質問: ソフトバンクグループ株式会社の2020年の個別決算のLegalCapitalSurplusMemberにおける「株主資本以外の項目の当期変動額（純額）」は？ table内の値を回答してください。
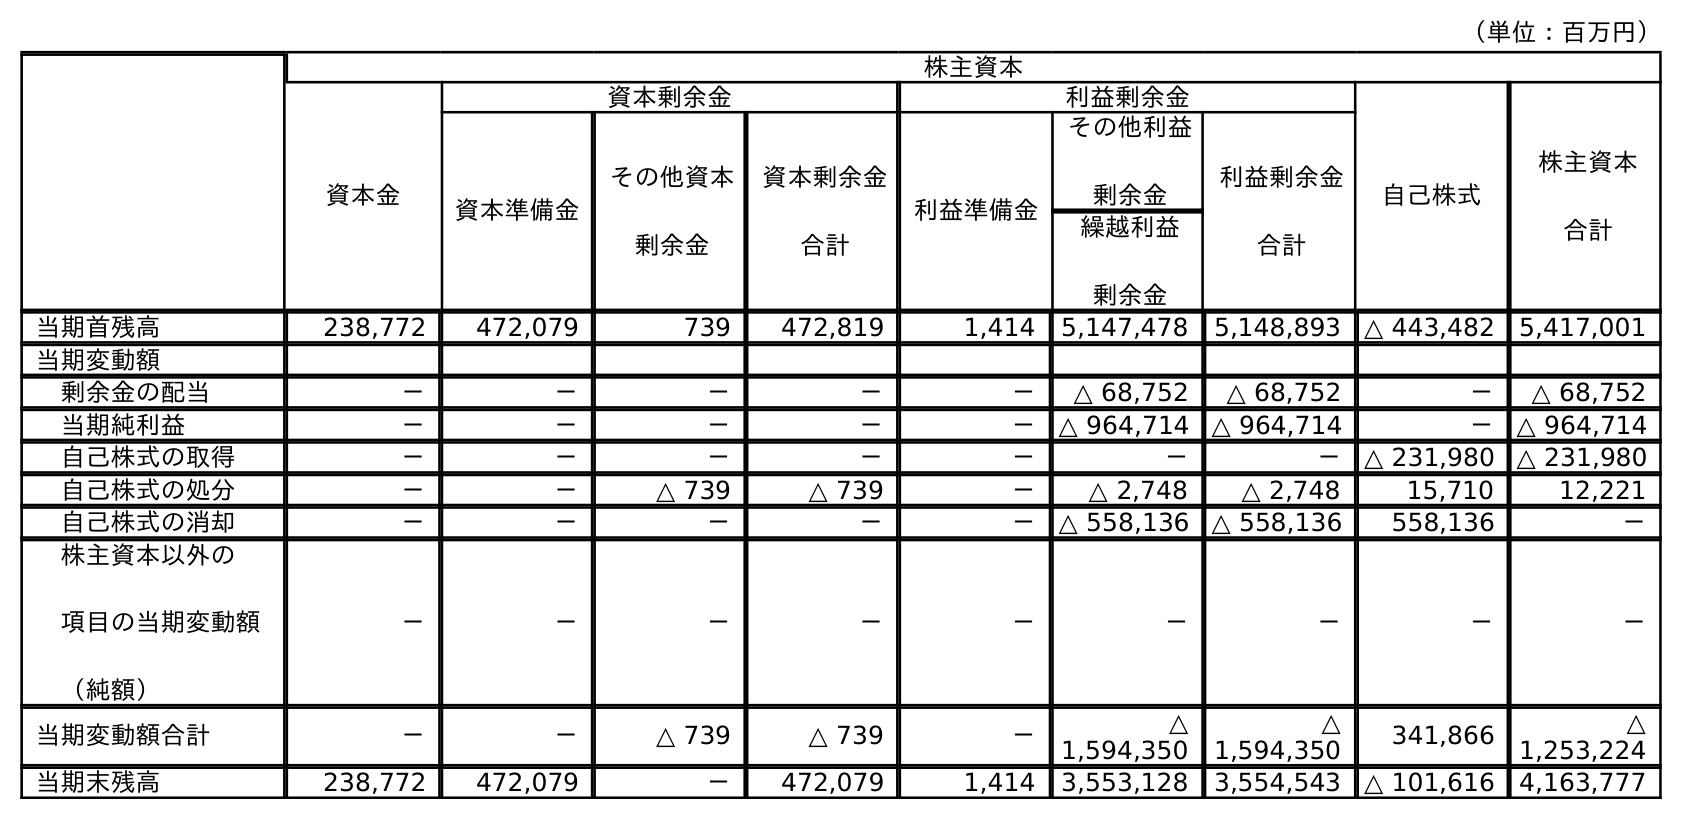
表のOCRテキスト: （単位：百万円） 株主資本 資本金 資本剰余金 利益剰余金 自己株式 株主資本 合計 資本準備金 その他資本 剰余金 資本剰余金 合計 利益準備金 その他利益 剰余金 利益剰余金 合計 繰越利益 剰余金 当期首残高 238,772 472,079 739 472,819 1,414 5,147,478 5,148,893 △ 443,482 5,417,001 当期変動額 剰余金の配当 － － － － － △ 68,752 △ 68,752 － △ 68,752 当期純利益 － － － － － △ 964,714 △ 964,714 － △ 964,714 自己株式の取得 － － － － － － － △ 231,980 △ 231,980 自己株式の処分 － － △ 739 △ 739 － △ 2,748 △ 2,748 15,710 12,221 自己株式の消却 － － － － － △ 558,136 △ 558,136 558,136 － 株主資本以外の 項目の当期変動額 （純額） － － － － － － － － － 当期変動額合計 － － △ 739 △ 739 － △ 1,594,350 △ 1,594,350 341,866 △ 1,253,224 当期末残高 238,772 472,079 － 472,079 1,414 3,553,128 3,554,543 △ 101,616 4,163,777
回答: －